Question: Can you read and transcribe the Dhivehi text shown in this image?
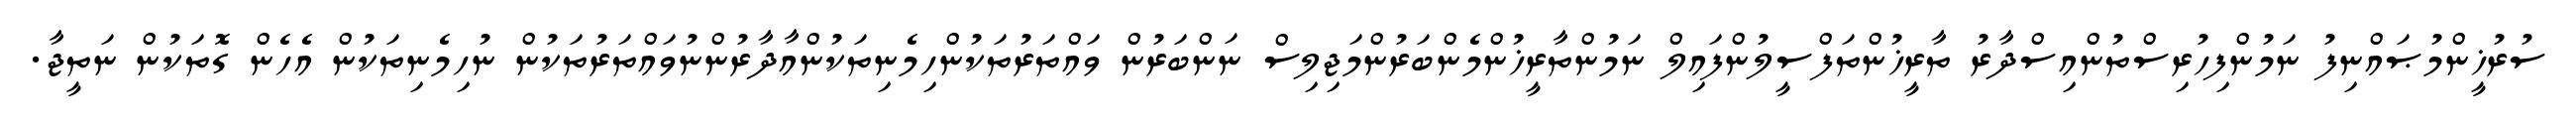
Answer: ސުރުޚީންމުޞައްނިފު ނަމުންފިހުރިސްތުންއިސްދާރު ތާރީޚުންތަފްސީލުންފައިލް ނަމުންތާރީޚުންމެންބަރުންމަޖިލިސް ނަންބަރުން ވައްތަރުތަކުންހިމެނިތަކުންއާދާރުންނުވައްތަރުތަކުން ނުހިމެނިތަކުން އެހެން ގޮތަކުން ނަތީޖާ.